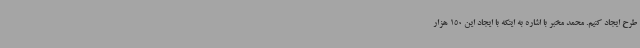
طرح ایجاد کنیم. محمد مخبر با اشاره به اینکه با ایجاد این 150 هزار